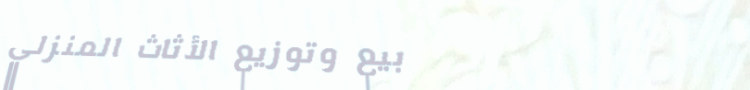
بيع وتوزيع الأثاث المنزلي